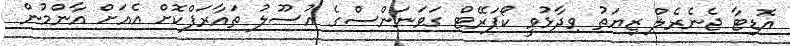
އޮޑިޓާ ޖެނެރެލް ޒިޔަތު ވިދާޅުވީ ކޯޕަރޭޓް ގަވަނަންސްގެ އުސޫލު ތައާރަފްކޮށް އެއަށް އާންމުން